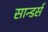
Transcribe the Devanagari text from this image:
सान्डर्स